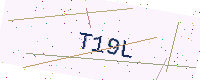
Text: T19L